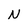
Character: N